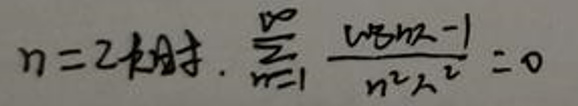
\[
n = 2k\text{时}, \sum_{n = 1}^{\infty} \frac{\cos n\alpha - 1}{n^{2}\lambda^{2}} = 0
\]